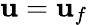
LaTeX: \boldsymbol{\mathbf{u}}=\boldsymbol{\mathbf{u}}_{f}